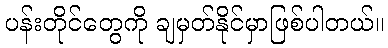
ပန်းတိုင်တွေကို ချမှတ်နိုင်မှာဖြစ်ပါတယ်။